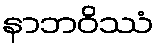
နာဘဝိဿံ